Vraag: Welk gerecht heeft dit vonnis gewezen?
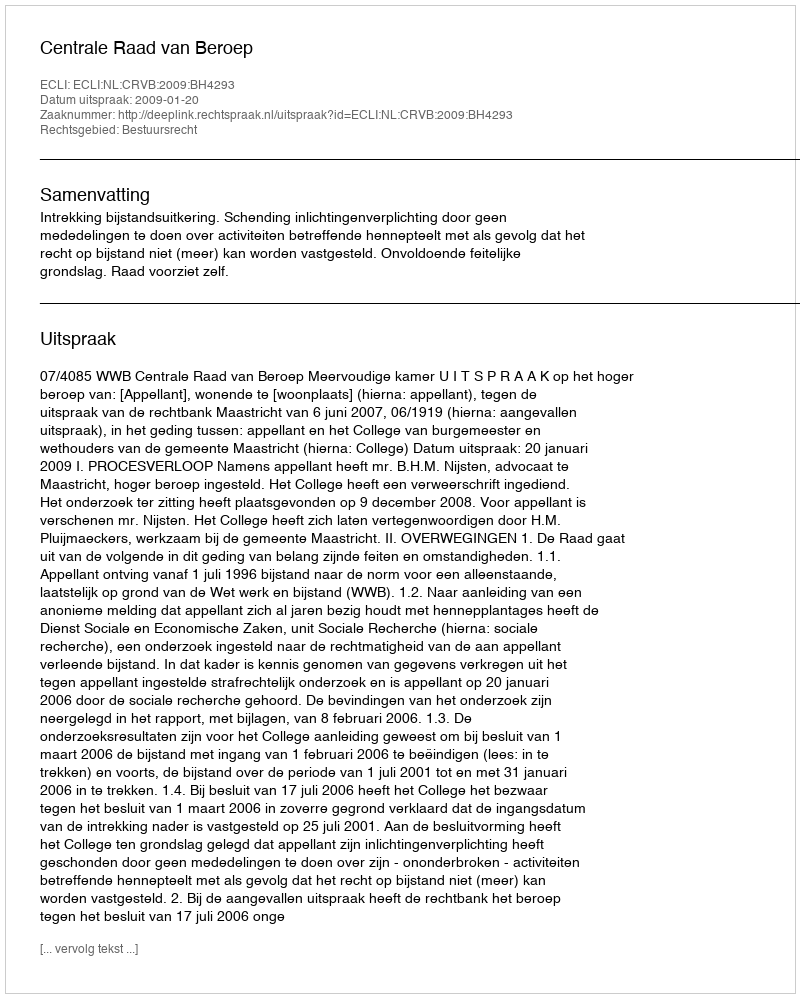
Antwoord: Centrale Raad van Beroep